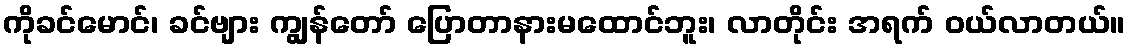
ကိုခင်မောင်၊ ခင်ဗျား ကျွန်တော် ပြောတာနားမထောင်ဘူး၊ လာတိုင်း အရက် ဝယ်လာတယ်။